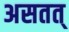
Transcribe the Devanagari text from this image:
असतत्